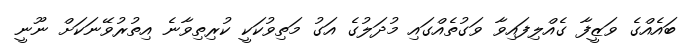
ބައެއްގެ ވަޒީފާ ގެއްލިފައިވާ ވަގުތެއްގައި މުދަލުގެ އަގު މަތިވުކަކީ ކުރިތިވާނެ އިތުރުވޭނަކަށް ނޫނީ